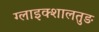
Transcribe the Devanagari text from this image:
ग्लाइक्शालतुङ